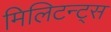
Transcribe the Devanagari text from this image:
मिलिटन्ट्स